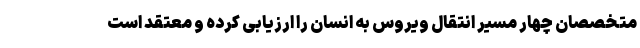
متخصصان چهار مسیر انتقال ویروس به انسان را ارزیابی کرده و معتقد است